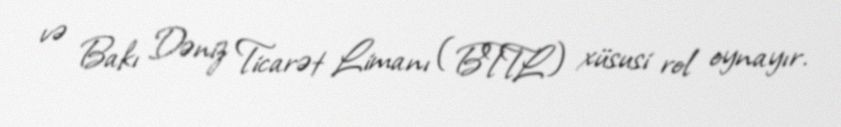
və Bakı Dəniz Ticarət Limanı (BTTL) xüsusi rol oynayır.